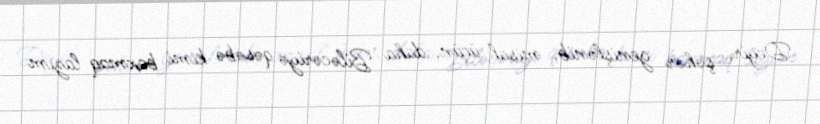
Deyir, şəhər genişlənib, misal üçün, daha Biləcəriyə qəsəbə kimi baxmaq lazım